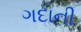
ગદાની